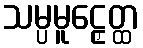
သမ္ပမူဠှေတ္ထ